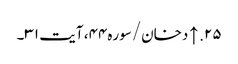
۲۵. ↑ دخان/سوره۴۴، آیت ۳۱۔